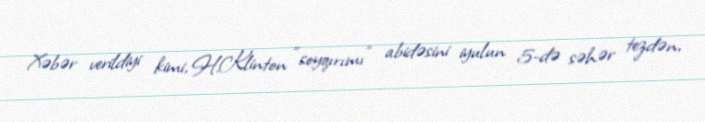
Xəbər verildiyi kimi, H.Klinton “soyqırımı” abidəsini iyulun 5-də səhər tezdən,